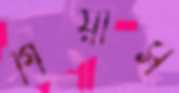
গিয়ার্স